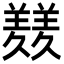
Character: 𦏇